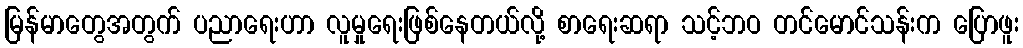
မြန်မာတွေအတွက် ပညာရေးဟာ လူမှုရေးဖြစ်နေတယ်လို့ စာရေးဆရာ သင့်ဘဝ တင်မောင်သန်းက ပြောဖူး